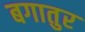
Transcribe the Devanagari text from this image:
बगातुर